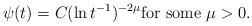
\begin{align*}\psi(t) = C(\ln t^{-1})^{-2\mu}\mbox{for some }\mu>0.\end{align*}